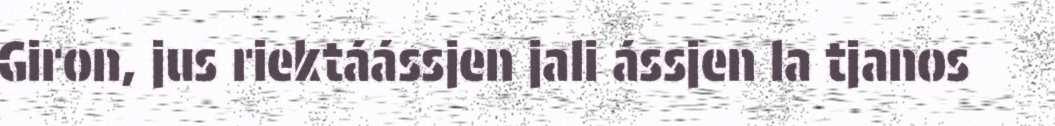
Giron, jus riektáássjen jali ássjen la tjanos